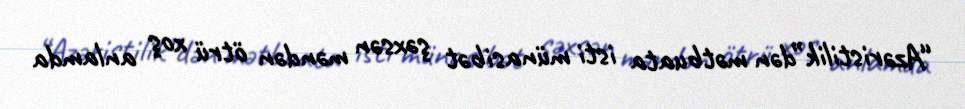
“Azəristilik”dən mətbuata isti münasibət şəxsən məndən ötrü xoş anlamda